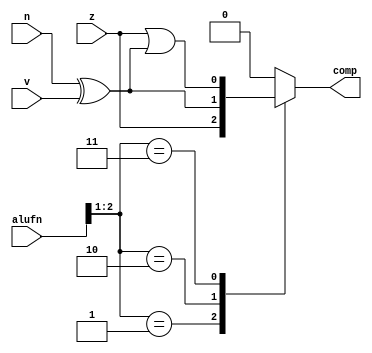
/*
   This file was generated automatically by the Mojo IDE version B1.3.6.
   Do not edit this file directly. Instead edit the original Lucid source.
   This is a temporary file and any changes made to it will be destroyed.
*/

module compare_7 (
    input [5:0] alufn,
    input z,
    input v,
    input n,
    output reg comp
  );
  
  
  
  always @* begin
    
    case (alufn[1+1-:2])
      2'h1: begin
        comp = z;
      end
      2'h2: begin
        comp = n ^ v;
      end
      2'h3: begin
        comp = z | (n ^ v);
      end
      default: begin
        comp = 1'h0;
      end
    endcase
  end
endmodule